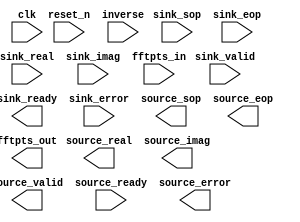

module Audio_Stream_Digitizer_FFT (
	clk,
	reset_n,
	sink_valid,
	sink_ready,
	sink_error,
	sink_sop,
	sink_eop,
	sink_real,
	sink_imag,
	fftpts_in,
	inverse,
	source_valid,
	source_ready,
	source_error,
	source_sop,
	source_eop,
	source_real,
	source_imag,
	fftpts_out);	

	input		clk;
	input		reset_n;
	input		sink_valid;
	output		sink_ready;
	input	[1:0]	sink_error;
	input		sink_sop;
	input		sink_eop;
	input	[15:0]	sink_real;
	input	[15:0]	sink_imag;
	input	[9:0]	fftpts_in;
	input	[0:0]	inverse;
	output		source_valid;
	input		source_ready;
	output	[1:0]	source_error;
	output		source_sop;
	output		source_eop;
	output	[15:0]	source_real;
	output	[15:0]	source_imag;
	output	[9:0]	fftpts_out;
endmodule